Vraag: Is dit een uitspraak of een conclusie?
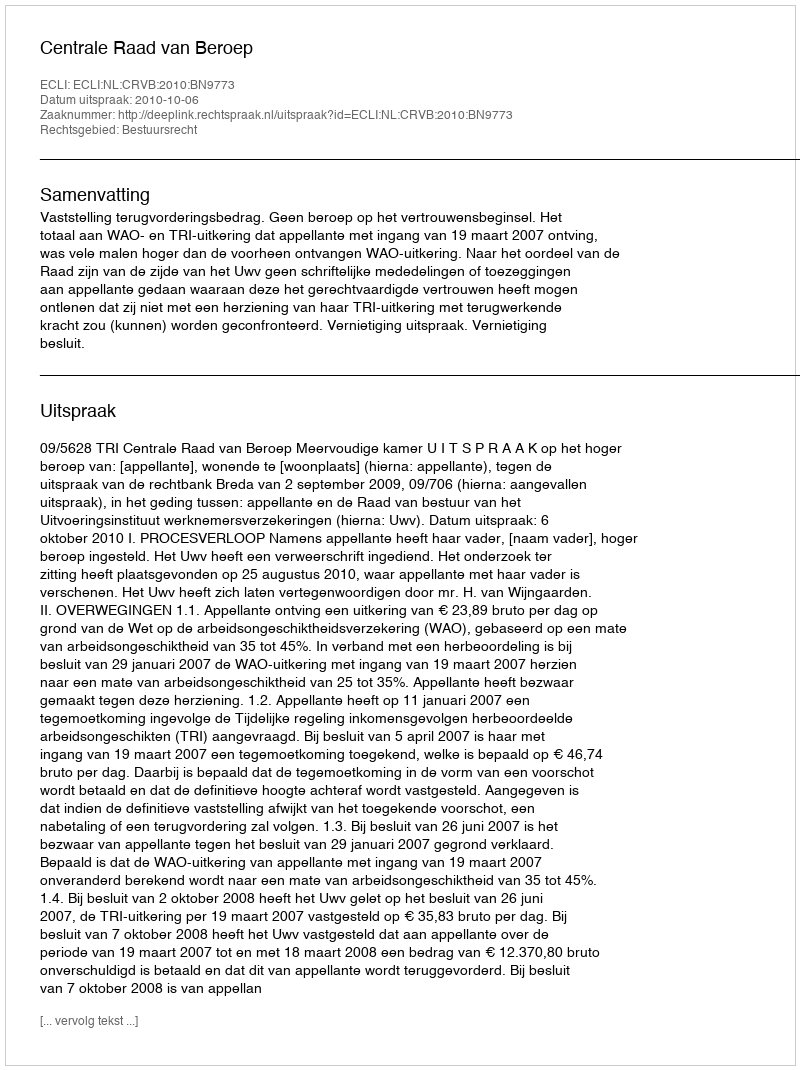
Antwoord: Uitspraak